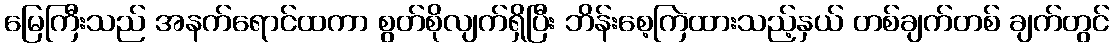
မြေကြီးသည် အနက်ရောင်ထကာ စွတ်စိုလျက်ရှိပြီး ဘိန်းစေ့ကြဲထားသည့်နှယ် တစ်ချက်တစ် ချက်တွင်